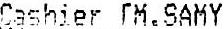
CASHIER [M.SAMY